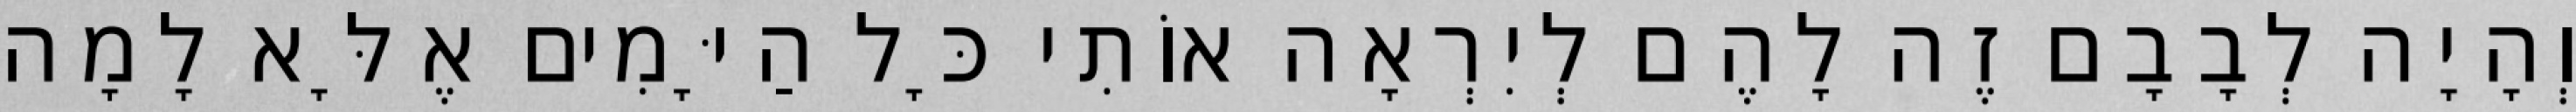
וְהָיָה לְבָבָם זֶה לָהֶם לְיִרְאָה אוֹתִי כָּל הַיָּמִים אֶלָּא לָמָה